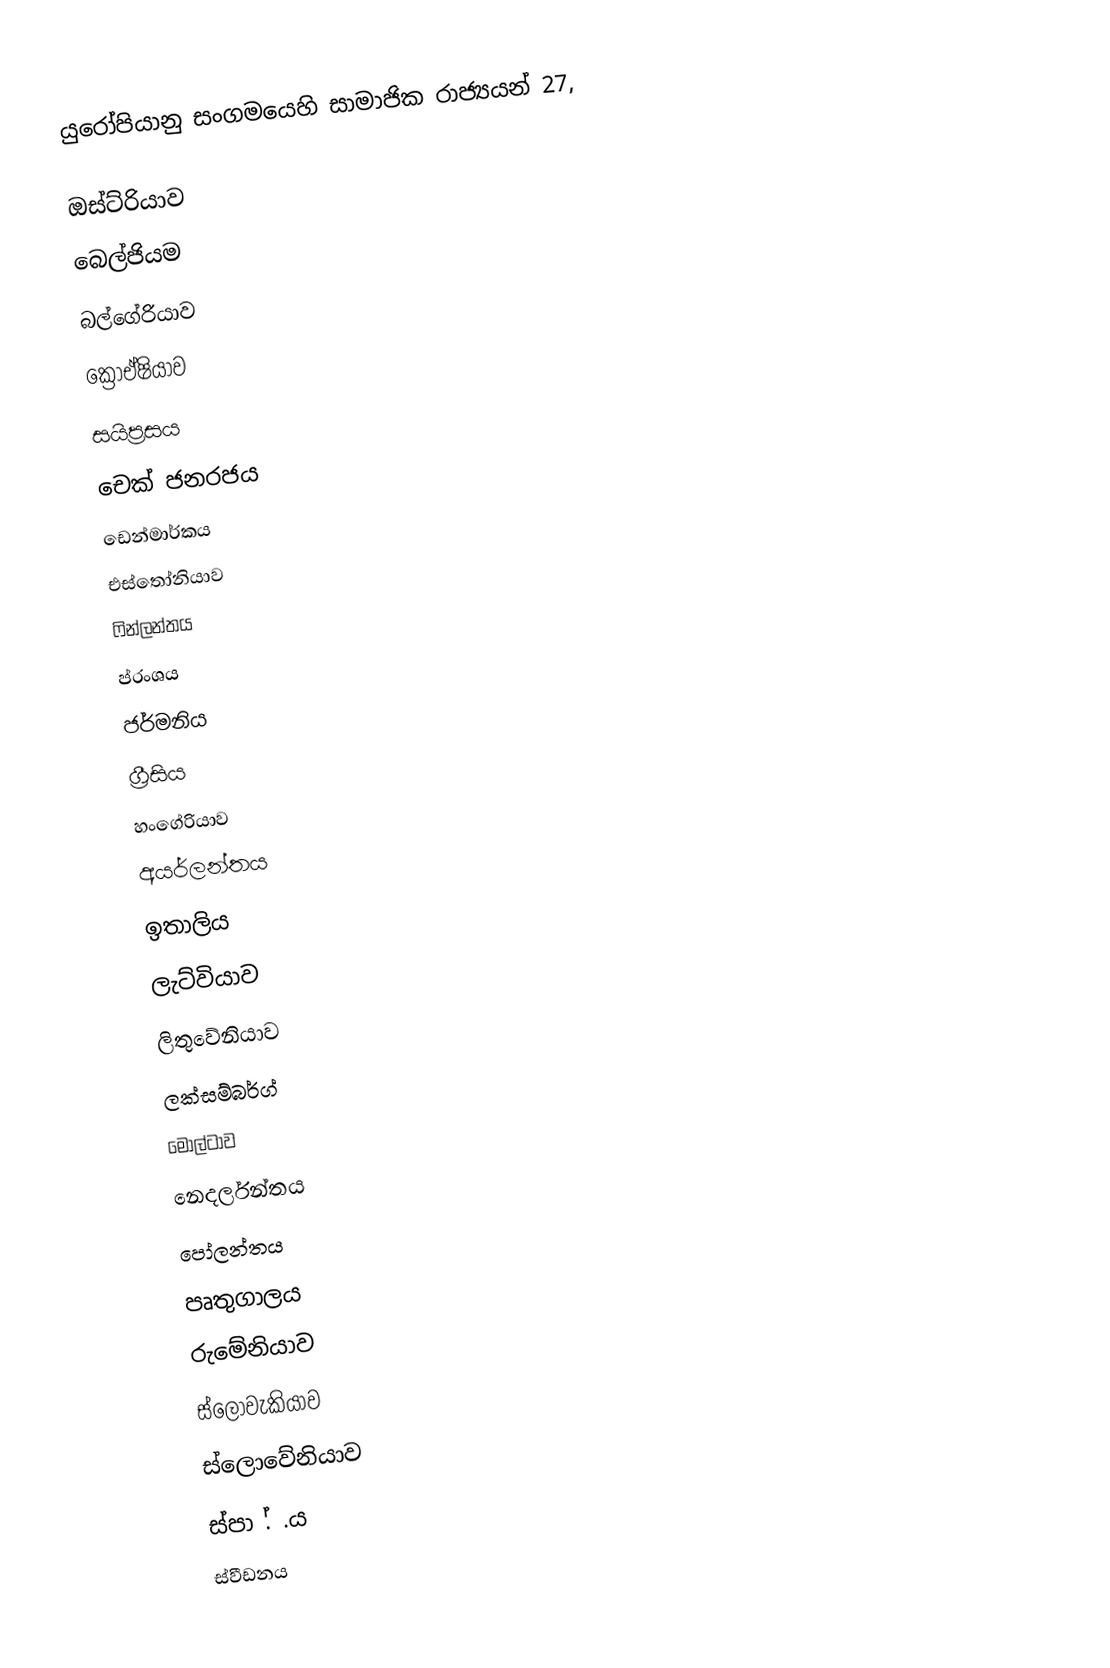
යුරෝපියානු සංගමයෙහි සාමාජික රාජ්‍යයන් 27,

 ඔස්ට්රියාව
 බෙල්ජියම
 බල්ගේරියාව
 ක්‍රොඒෂියාව
 සයිප්‍රසය
 චෙක් ජනරජය
 ඩෙන්මාර්කය
 එස්තෝනියාව
 ෆින්ලන්තය
 ප්රංශය
 ජර්මනිය
 ග්‍රීසිය
 හංගේරියාව
 අයර්ලන්තය
 ඉතාලිය
 ලැට්වියාව
 ලිතුවේනියාව
 ලක්සම්බර්ග්
 මෝල්ටාව
 නෙදර්ලන්තය
 පෝලන්තය
 පෘතුගාලය
 රුමේනියාව
 ස්ලෝවැකියාව
 ස්ලොවේනියාව
 ස්පා .් .ය
 ස්වීඩනය